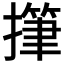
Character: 𢴩